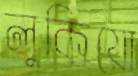
লুকিয়ো